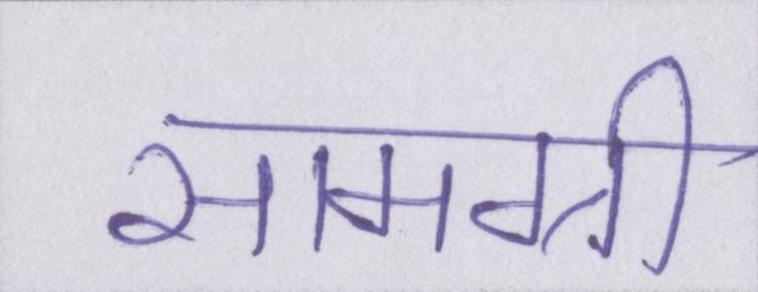
सामग्री